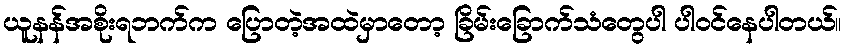
ယူနန်အစိုးရဘက်က ပြောတဲ့အထဲမှာတော့ ခြိမ်းခြောက်သံတွေပါ ပါဝင်နေပါတယ်။